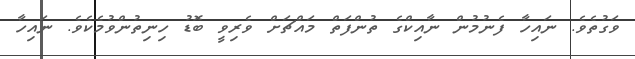
ވަގުތެވެ. ނައިހާ ފެނުމުން ނާއިކްގެ ތުންފަތް މައްޗަށް ވެރިވީ ބޮޑު ހިނިތުންވުމެކެވެ. ނައިހާ